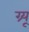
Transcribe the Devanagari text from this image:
ग्र्यू